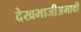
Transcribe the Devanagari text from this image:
देखभाजीअभावी